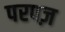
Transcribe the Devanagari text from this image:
परपज़